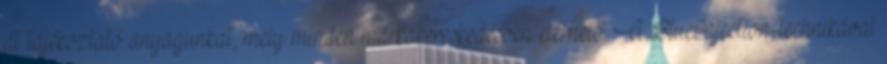
át tájékoztató anyagunkat, mely minden márkakereskedésben elérhető. A BlueInjection-technikával